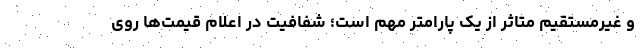
و غیرمستقیم متاثر از یک پارامتر مهم است؛ شفافیت در اعلام قیمت‌ها روی